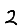
Digit: 2